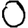
Digit: 0